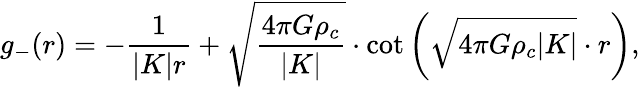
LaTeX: g_{-}(r)=-\frac{1}{|K|r}+\sqrt{\frac{4\pi G\rho_{c}}{|K|}}\cdot\cot\left(\sqrt{4\pi G\rho_{c}|K|}\cdot r\right),